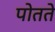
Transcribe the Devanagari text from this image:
पोतते